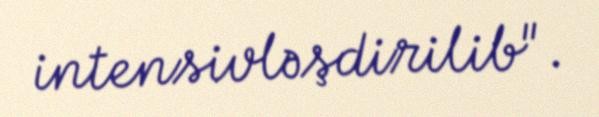
intensivləşdirilib".